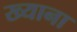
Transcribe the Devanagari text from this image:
ख्याना